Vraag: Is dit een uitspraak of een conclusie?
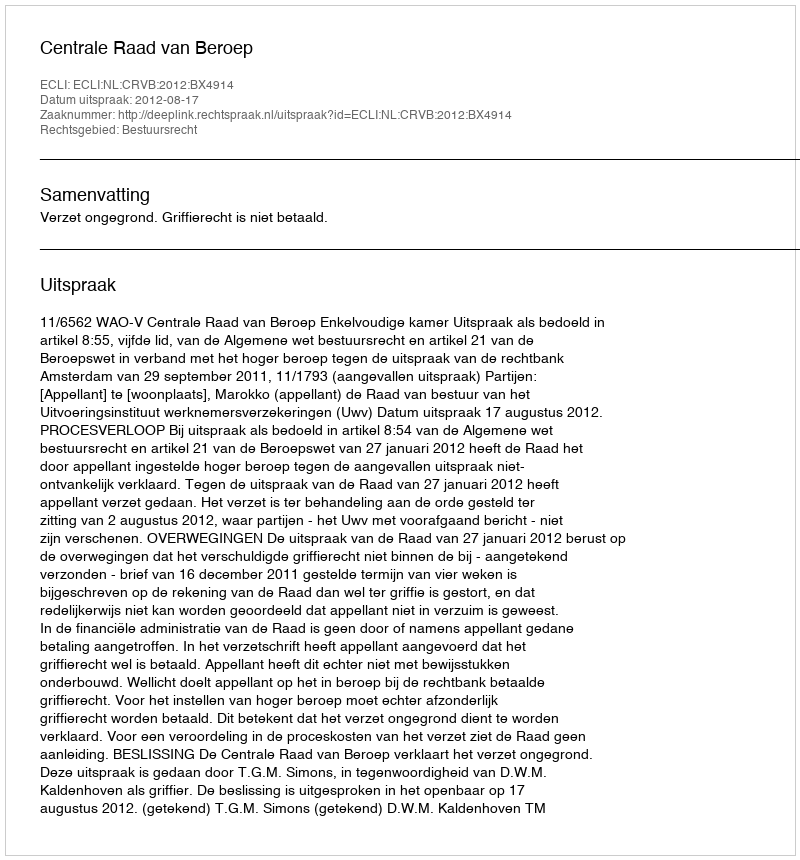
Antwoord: Uitspraak